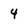
Character: 4